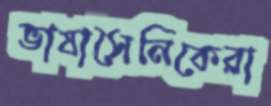
ভাষাসৈনিকেরা